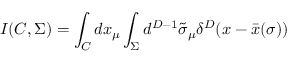
I ( C , \Sigma ) = \int _ { C } d x _ { \mu } \int _ { \Sigma } d ^ { D - 1 } \tilde { \sigma } _ { \mu } \delta ^ { D } ( x - \bar { x } ( \sigma ) )